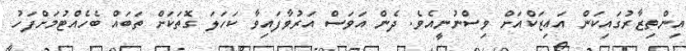
އިންތިޒާރުގައިކަން އައިޒަކްއަށް ވިސްނުނީއެވެ. ދެން އަވަސް އަރުވާފައިވާ ކަހަލަ ގޮތަކަށް ތަބައް ބެހެއްޓުމަށްފަހު